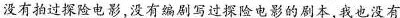
没有拍过探险电影,没有编剧写过探险电影的剧本,我也没有